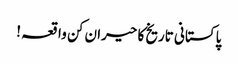
پاکستانی تاریخ کا حیران کن واقعہ !